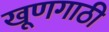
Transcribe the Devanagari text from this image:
खूणगाठी